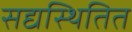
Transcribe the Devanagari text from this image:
सद्यस्थितित